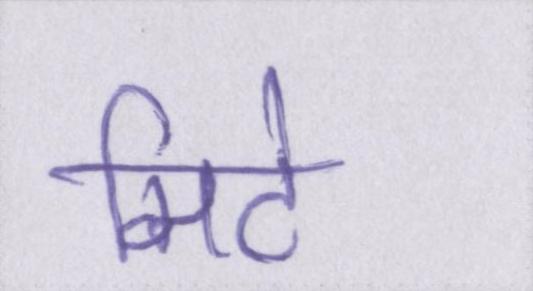
मिटे